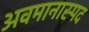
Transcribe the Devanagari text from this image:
अवमानास्पद